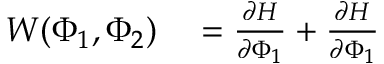
\begin{array} { r l } { W ( \Phi _ { 1 } , \Phi _ { 2 } ) } & { { } = \frac { \partial H } { \partial \Phi _ { 1 } } + \frac { \partial H } { \partial \Phi _ { 1 } } } \end{array}